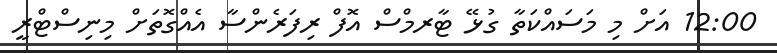
12:00 އަށް މި މަސައްކަތާ ގުޅޭ ޓާރމްސް އޮފް ރިފަރެންސާ އެއްގޮތަށް މިނިސްޓްރީ